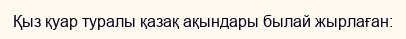
Қыз қуар туралы қазақ ақындары былай жырлаған: